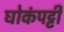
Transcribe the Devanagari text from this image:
घोकंपट्टी